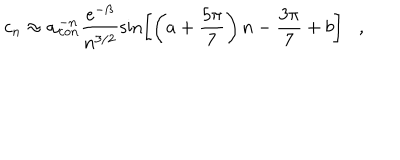
LaTeX: c _ { n } \approx \alpha _ { c o n } ^ { - n } \frac { e ^ { - \beta } } { n ^ { 3 / 2 } } \sin \left[ \left( a + { \frac { 5 \pi } { 7 } } \right) n - { \frac { 3 \pi } { 7 } } + b \right] ,